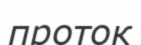
проток